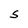
Character: s